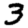
Digit: 3